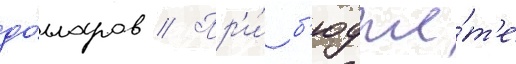
до́лларов // Пр'и́ б'юдже́т'е